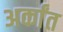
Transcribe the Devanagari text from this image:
अर्कांत